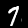
Label: 7